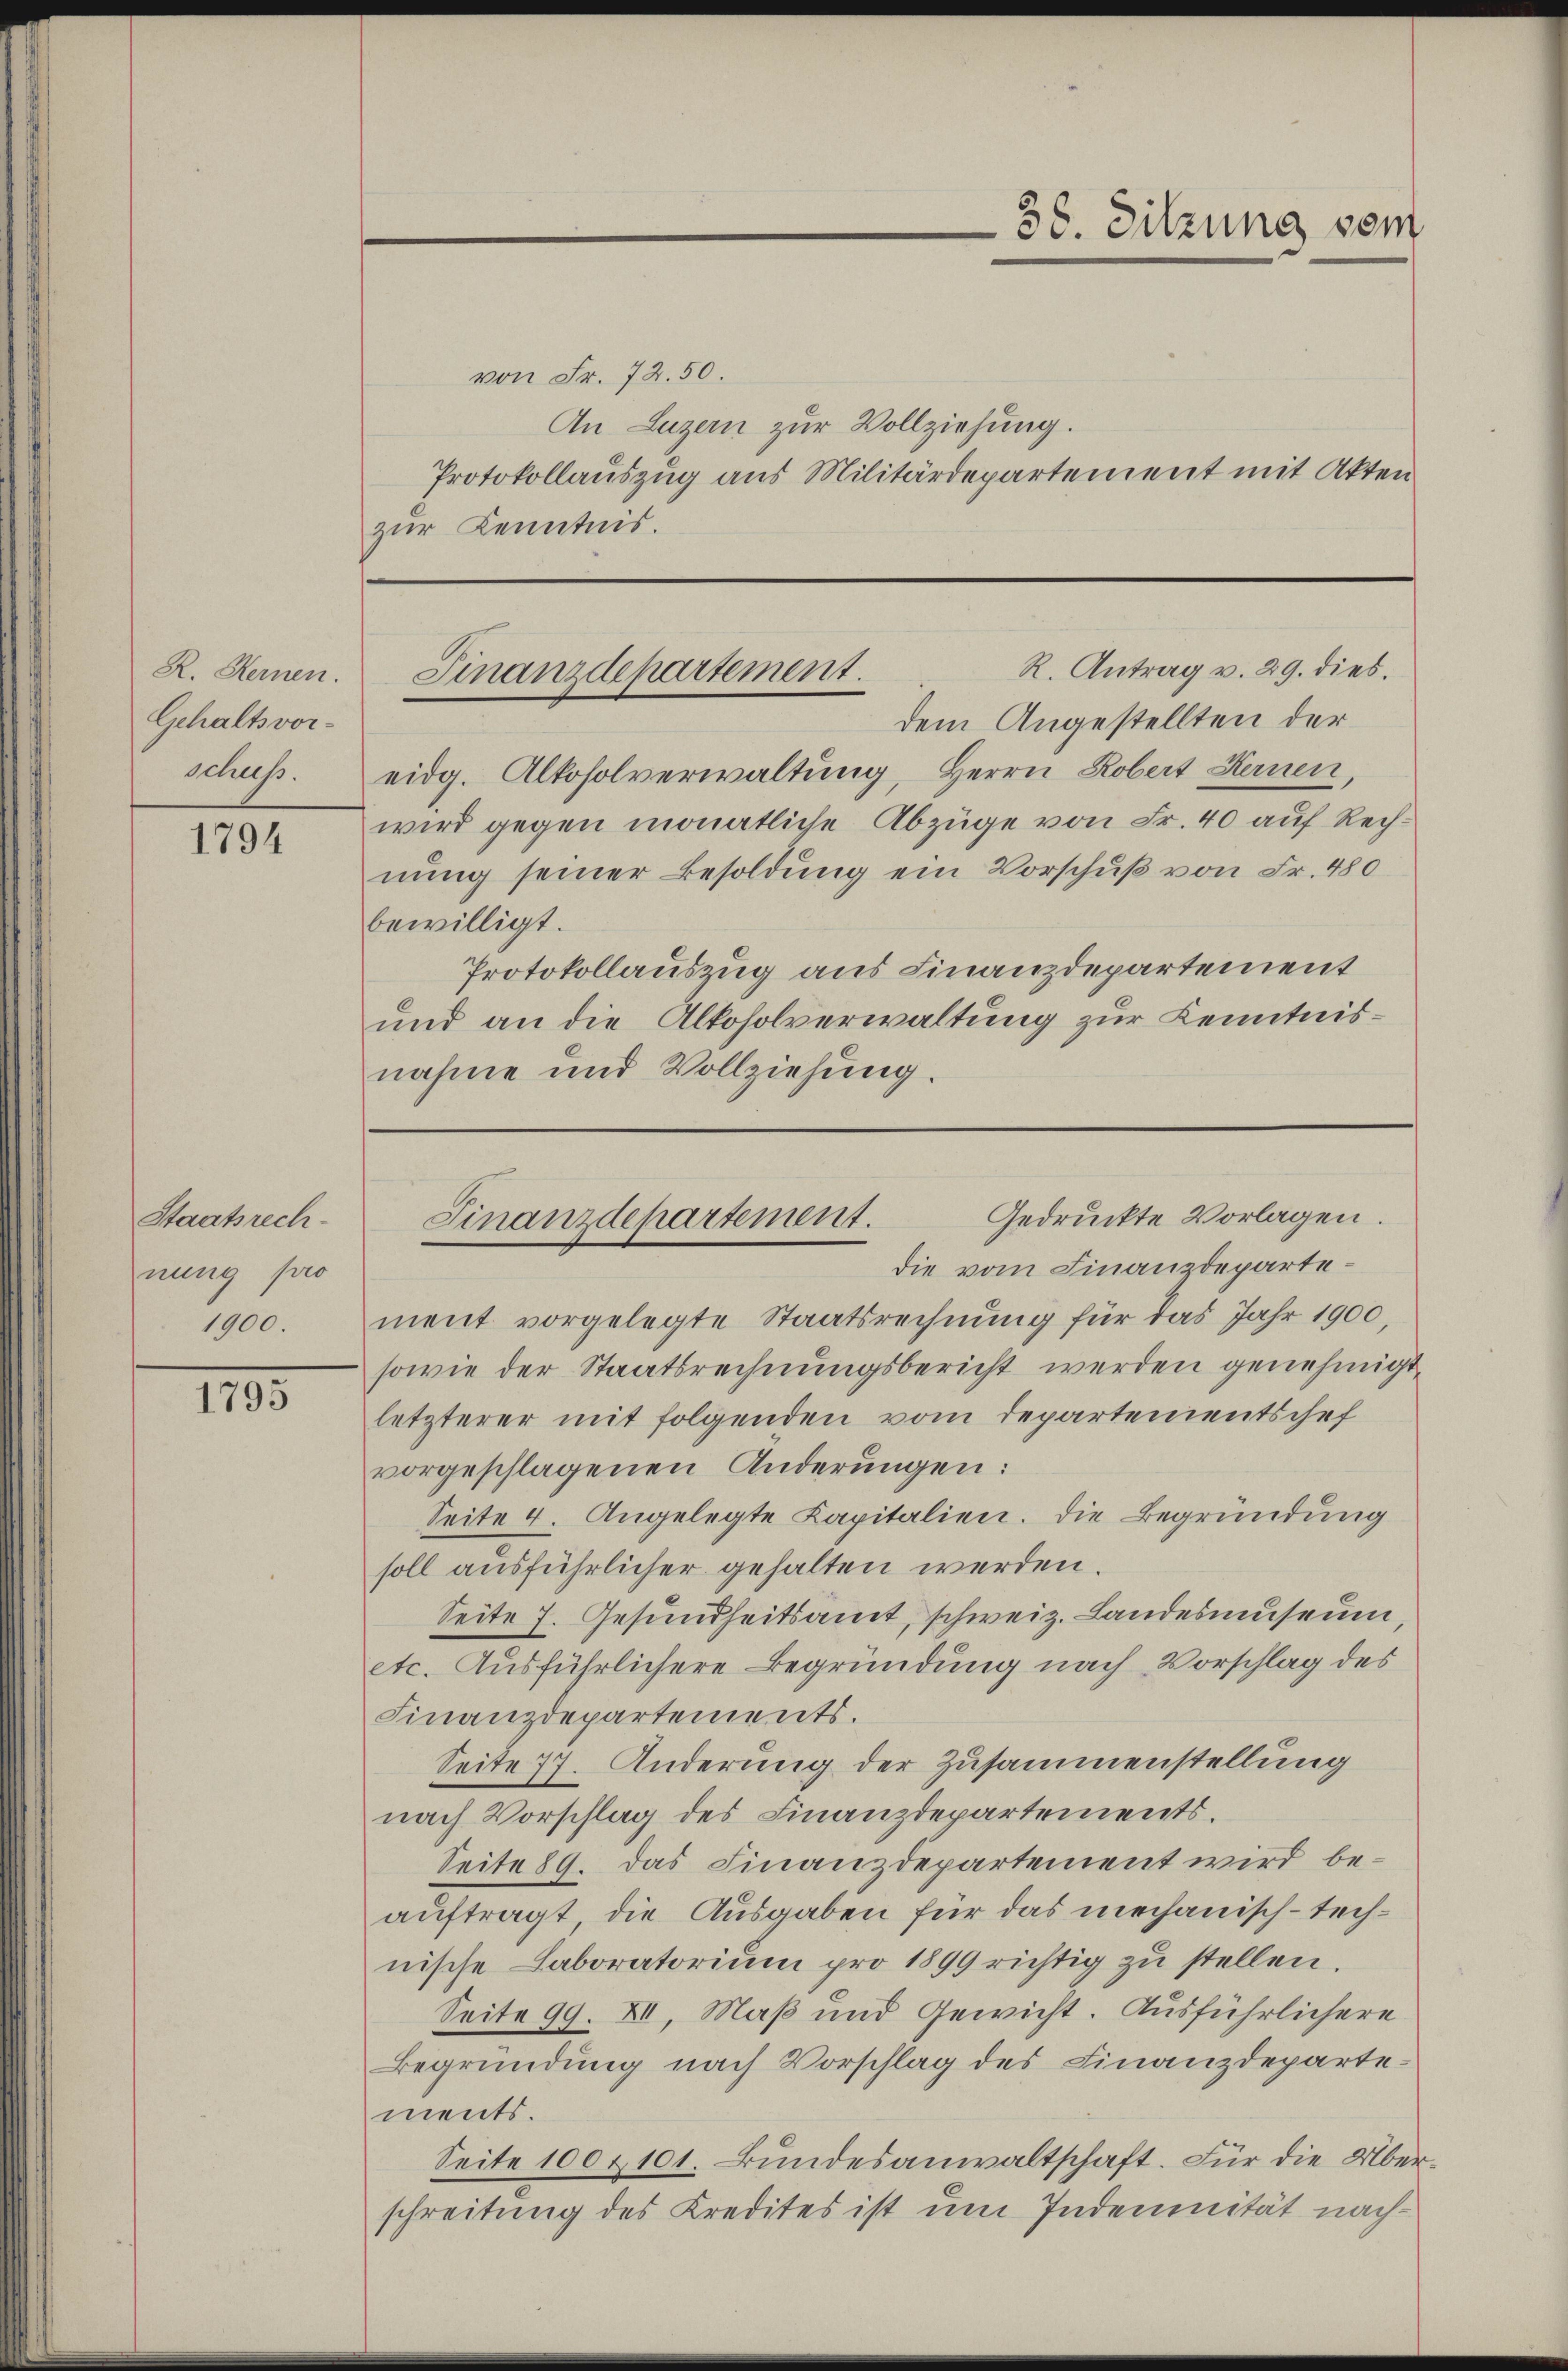
R. Kernen.
Gehaltsvorschuss.

1794

Staatsrech-
nung pro
1900

1795

von Fr. 72.50.
An Luzern zur Vollziehung.
Protokollauszug aus Militärdepartement mit Aktenzur Kenntnis.

38. Sitzung vom

R. Antrag v. 29. dies.
Finanzdepartement.

dem Angestellten der
eidg. Alkoholverwaltung, Herrn Robert Kernen,
wird gegen monatliche Abzüge von Fr. 40 auf Rechnung seiner Besoldung ein Vorschuß von Fr. 480
bewilligt.
Protokollauszug aus Finanzdepartement
und an die Alkoholverwaltung zur Kenntnisnahme und Vollziehung.

Gedruckte Vorlagen.
Finanzdepartement.
die vom Finanzdeparte¬

ment vorgelegte Staatsrechnung für das Jahr 1900,
sowie der Staatsrechnungsbericht werden genehmigt.
letzterer mit folgenden vom Departementschef
vorgeschlagenen Änderungen:
Seite 4. Angelegte Kapitalien. Die Begründung
soll ausführlicher gehalten werden.
Seite 7. Gesundheitsamt, schweiz. Landesmuseum,
etc. Ausführlichere Begründung nach Vorschlag des
Finanzdepartements.
Seite 77. Anderung der Zusammenstellung
nach Vorschlag des Finanzdepartements.
Seite 89. das Finanzdepartement wird beauftragt, die Ausgaben für das mechanisch-technische Laboratorium pro 1899 richtig zu stellen.
Seite 99. XII. Maß und Gewicht. Ausführlichere
Begründung nach Vorschlag des Finanzdepartements.
Seite 100 & 101. Bundesanwaltschaft. Für die Überschreitung des Kredites ist um Indemnität nach¬